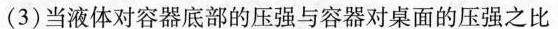
(3)当液体对容器底部的压强与容器对桌面的压强之比